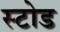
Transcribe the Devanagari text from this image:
स्टोड